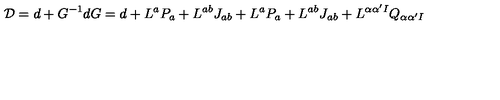
{ \cal D } = d + G ^ { - 1 } d G = d + L ^ { a } P _ { a } + L ^ { a b } J _ { a b } + L ^ { a } P _ { a } + L ^ { a b } J _ { a b } + L ^ { \alpha \alpha ^ { \prime } I } Q _ { \alpha \alpha ^ { \prime } I }